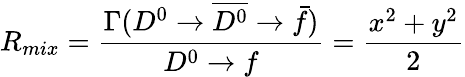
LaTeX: R_{mix}=\frac{\Gamma(D^{0}\rightarrow\overline{{{D^{0}}}}\rightarrow\bar{f})}{D^{0}\rightarrow f}=\frac{x^{2}+y^{2}}{2}